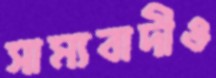
সাম্যবাদীও